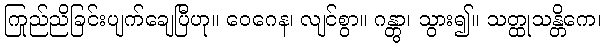
ကြည်ညိုခြင်းပျက်ချေပြီဟု။ ဝေဂေန၊ လျင်စွာ။ ဂန္တွာ၊ သွား၍။ သတ္ထုသန္တိကေ၊